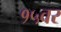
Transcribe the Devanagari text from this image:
१५वर